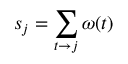
s _ { j } = \sum _ { \boldsymbol { t } \to j } \omega ( \boldsymbol { t } )